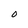
Character: O